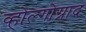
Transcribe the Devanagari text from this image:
व्होल्गोग्राद